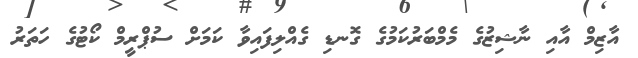
އާޒިމް އާއި ނާޝިޒުގެ މެމްބަރުކަމުގެ ގޮނޑި ގެއްލިފައިވާ ކަމަށް ސުޕްރީމް ކޯޓުގެ ހަތަރު